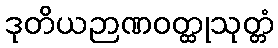
ဒုတိယဉာဏဝတ္ထုသုတ္တံ